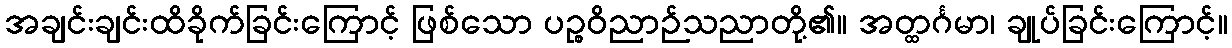
အချင်းချင်းထိခိုက်ခြင်းကြောင့် ဖြစ်သော ပဉ္စဝိညာဉ်သညာတို့၏။ အတ္ထင်္ဂမာ၊ ချုပ်ခြင်းကြောင့်။